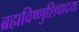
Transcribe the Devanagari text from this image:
ब्रह्मविष्णुशिवादयः